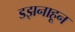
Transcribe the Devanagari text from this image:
डझनाहून